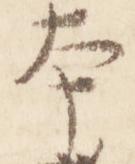
本